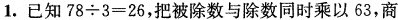
1. 已知$$7 8 \div 3 = 2 6$$，把被除数与除数同时乘以63，商